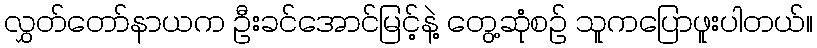
လွှတ်တော်နာယက ဦးခင်အောင်မြင့်နဲ့ တွေ့ဆုံစဉ် သူကပြောဖူးပါတယ်။